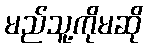
မည်သူ့ကိုမဆို